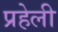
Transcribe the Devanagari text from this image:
प्रहेली